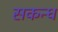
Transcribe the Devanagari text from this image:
सकन्ध